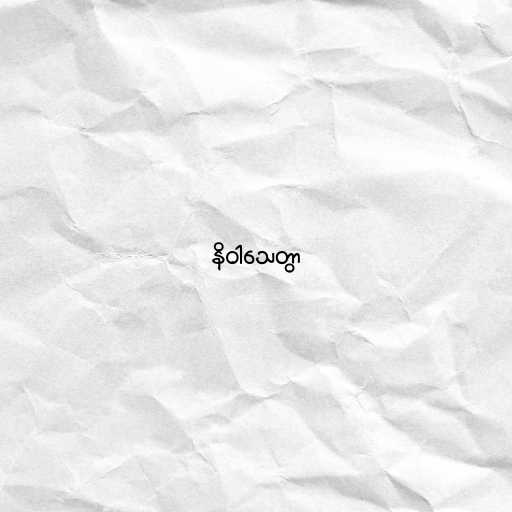
နိဝါသေတွာ